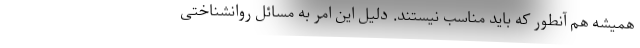
همیشه هم آنطور که باید مناسب نیستند. دلیل این امر به مسائل روانشناختی